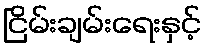
ငြိမ်းချမ်းရေးနှင့်